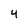
Character: 4